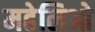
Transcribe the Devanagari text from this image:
महेलिओ